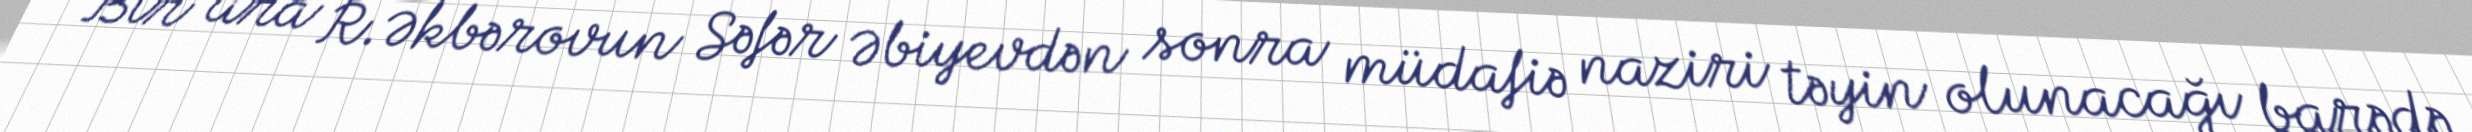
Bir ara R.Əkbərovun Səfər Əbiyevdən sonra müdafiə naziri təyin olunacağı barədə